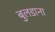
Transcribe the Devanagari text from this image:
बुलडाना